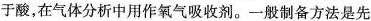
于酸，在气体分析中用作氧气吸收剂。一般制备方法是先